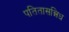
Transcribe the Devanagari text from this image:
पतितासन्निध